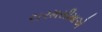
ચરમસીમાએ